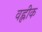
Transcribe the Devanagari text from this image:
वह्लीक